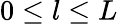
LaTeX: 0\le l\le L